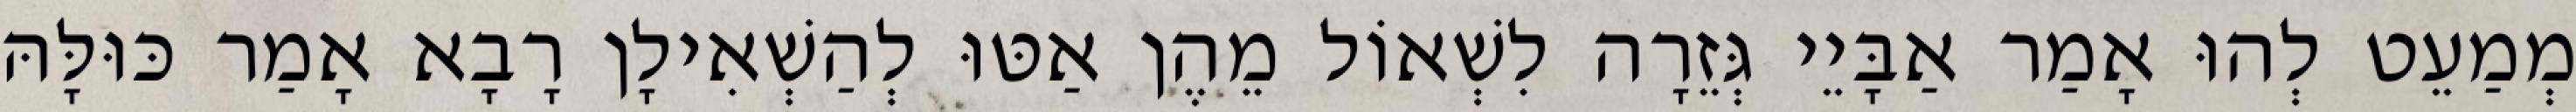
מְמַעֵט לְהוּ אָמַר אַבָּיֵי גְּזֵרָה לִשְׁאוֹל מֵהֶן אַטּוּ לְהַשְׁאִילָן רָבָא אָמַר כּוּלָּהּ